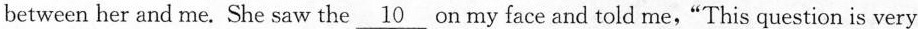
between her and me. She saw the \underline{10} on my face and told me,"This question is very